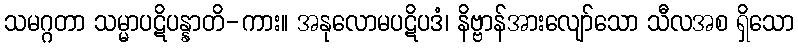
သမဂ္ဂတာ သမ္မာပဋိပန္နာတိ-ကား။ အနုလောမပဋိပဒံ၊ နိဗ္ဗာန်အားလျော်သော သီလအစ ရှိသော